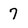
Character: 7